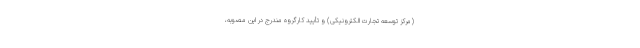
(مرکز توسعه تجارت الکترونیکی) و تأیید کارگروه مندرج در این مصوبه،